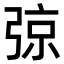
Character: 弶